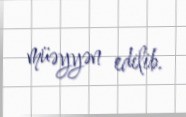
müəyyən edilib.